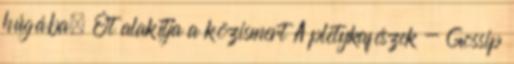
húgába. Őt alakítja a közismert A pletykafészek - Gossip